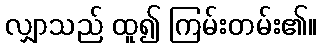
လျှာသည် ထူ၍ ကြမ်းတမ်း၏။